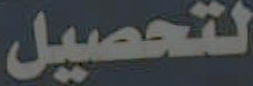
لتحصيل